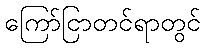
ကြော်ငြာတင်ရာတွင်